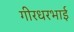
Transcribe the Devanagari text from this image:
गीरधरभाई